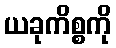
ယခုကိစ္စကို